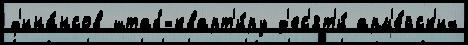
ф'ина́нсов штаб-кварт'и́ру д'ес'ят'и́ арм'е́йск'их